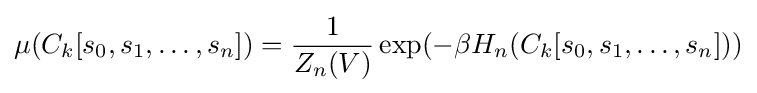
\mu (C_{k}[s_{0},s_{1},\ldots ,s_{n}])={\frac {1}{Z_{n}(V)}}\exp(-\beta H_{n}(C_{k}[s_{0},s_{1},\ldots ,s_{n}]))